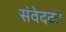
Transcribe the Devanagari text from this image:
संवेदको